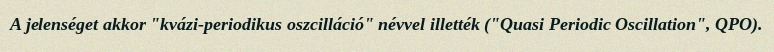
A jelenséget akkor "kvázi-periodikus oszcilláció" névvel illették ("Quasi Periodic Oscillation", QPO).